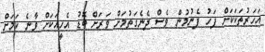
އަހަރުތަކަކަށް ފަހު ފެނުމުން ވެސް ދެނެގަތުމަށް ވަރަށް ބޮޑު އެހީއަކަށް ވާނެ ކަމަށް